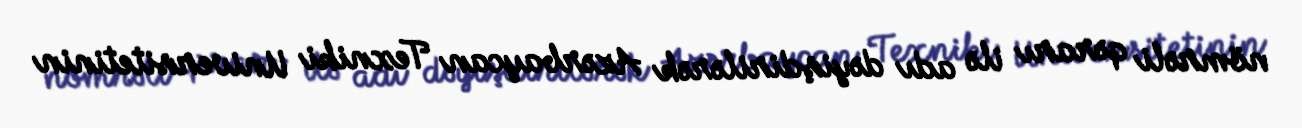
nömrəli qərarı ilə adı dəyişdirilərək Azərbaycan Texniki Universitetinin